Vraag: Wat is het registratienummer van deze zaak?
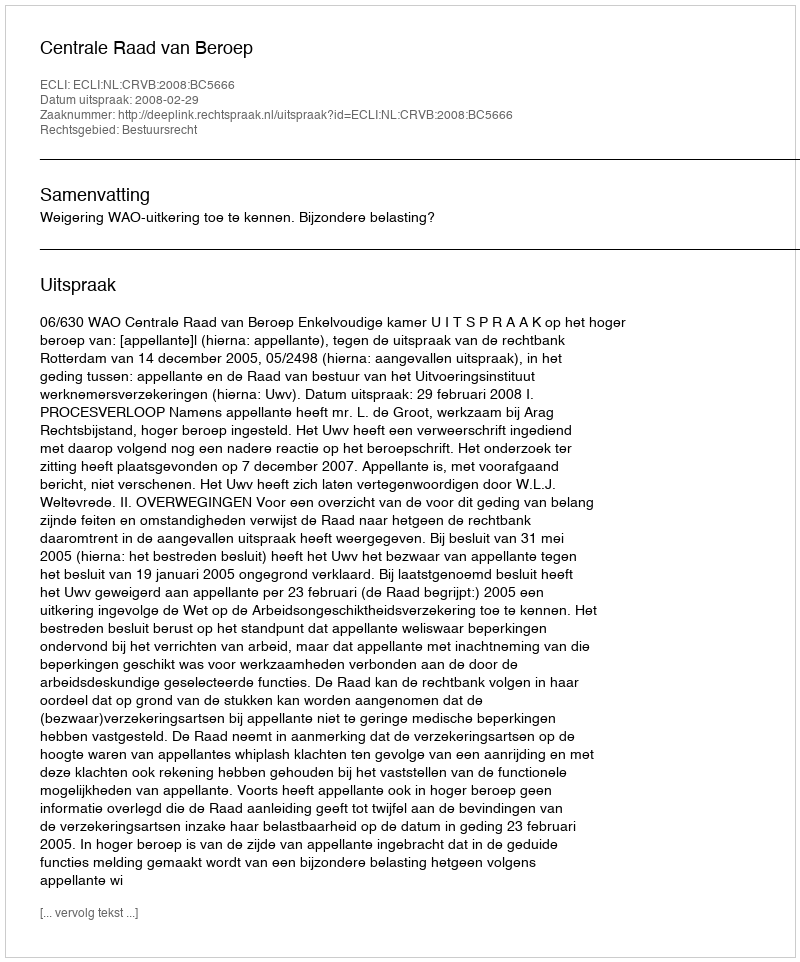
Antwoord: http://deeplink.rechtspraak.nl/uitspraak?id=ECLI:NL:CRVB:2008:BC5666